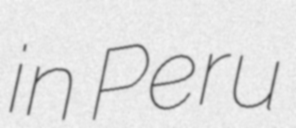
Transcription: in Peru